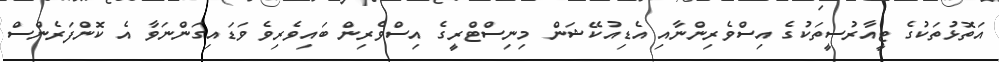
އަތޮޅުތަކުގެ ޓީއާރުސީތަކުގެ އިސްވެރިންނާއި އެޑިއުކޭޝަން މިނިސްޓްރީގެ އިސްވެރިން ބައިވެރިވެ ވަޑައިގަންނަވާ އެ ކޮންފަރެންސް